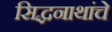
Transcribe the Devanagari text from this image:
सिद्धनाथांचे